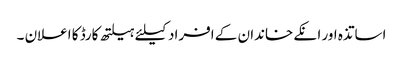
اساتذہ اور انکے خاندان کے افراد کیلئے ہیلتھ کارڈ کا اعلان ۔